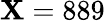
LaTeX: \mathbf{X}=889